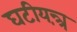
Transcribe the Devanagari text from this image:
घटीयन्त्रं